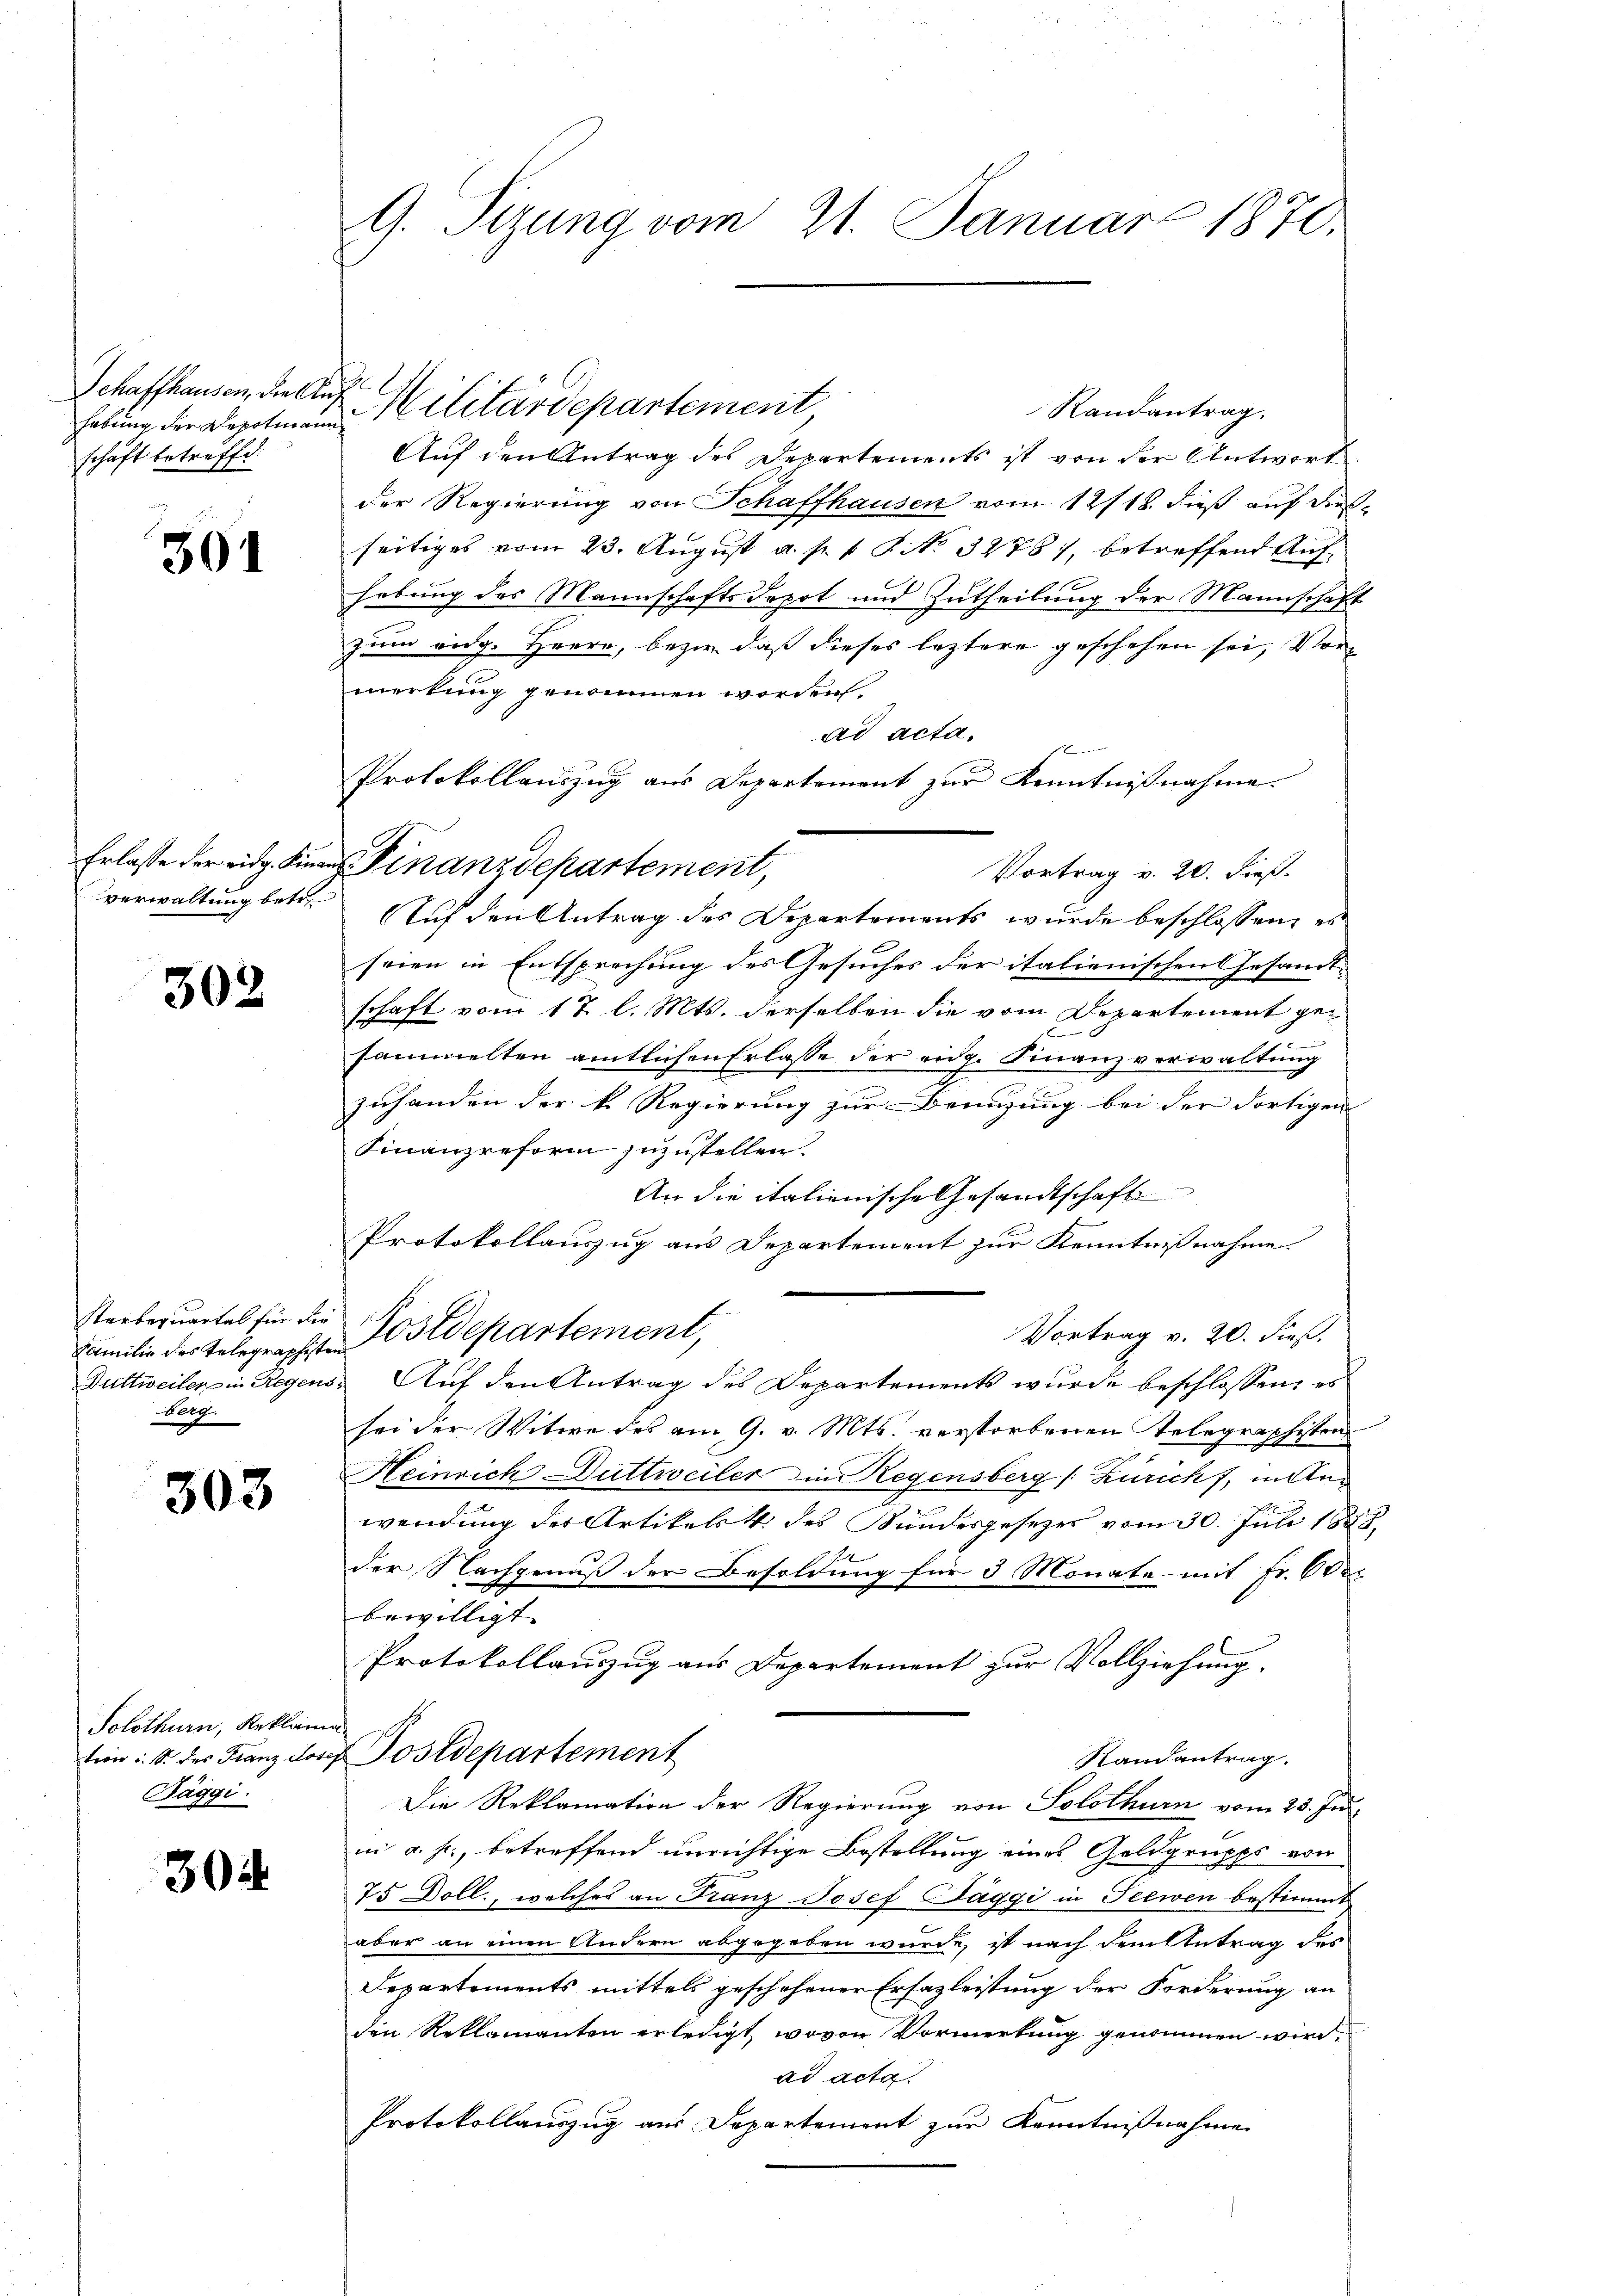
Schaffhausen, die Anhebung der Depotiam
schaft betreffe.

301

Erlasse der eidg. Finan
verwaltung betr.

302

Starbequartal für die
Familie des Telegraphisten
Duttweiler in Regens
Berg.

303

Solothurn, Reklami
tion u. S. des Franz Josep
Täggi.

30

G. Sitzung vom 21. Januar 1870.

Randantrag.
Auf den Antrag des Departements ist von der Antwort
der Regierung von Schaffhausen vom 12/18. dieß auf diesseitiges vom 23. August a. p. v. 8. No. 32761, betreffend Auf
hebung des Mannschaftsdepot und Zutheilung der Mannschaft
zum eidg. Herrn, bezir daß dieses leztere geschehen sei, Vormerkung genommen worden.
ad acta.
  eine
Protokollauszug aus Departement zur Kenntnißnahme.
Vortrag v. 20. dieß.
Auf den Antrag des Departements wurde beschlossen, es
seien in Entsprechung des Gesuches der italienischen Gesandt-
schaft vom 17. l. Mts. derselben die vom Departement gesammelten amtlichen Erlasse der eidg. Finanzverwaltung
zuhanden der k. Regierung zur Benuzung bei der dortigen
Finanzreform zuzustellen.
An die italienische Gesandtschaft
Protokollauszug aus Departement zur Kenntnißnahme.
Postdepartement,
Vortrag v. 20. dieß.
Auf den Antrag des Departements wurde beschlossen, er
sei der Witwe des am 9. v. Mts. verstorbenen Telegraphisten
Heinrich Duttweiler in Regensberg (Zürich, in Anwendung des Artikels 4. des Bundesgesezes vom 30. Juli 1888.
der Nachgenuß der Besoldung für 3 Monate mit Fr. 600
bewilligt.
Protokollauszug aus Departement zur Vollziehung.
ostdepartement
Randantrag.
Die Reklamation der Regierung von Solothurn vom 23. Juni a. f., betreffend unrichtige Bestellung eines Geldgrupps von
75 Doll, welches an Franz Josef Taggi in Seewen bestimmt
aber an einen Andern abgegeben wurde, ist nach dem Betrag des
Departements mittels geschehener Erfazleistung der Forderung an
den Reklamanten erledigt, wovon Vormerkung genommen wird.
ad acta.
Protokollauszug aus Departement zur Kenntnißnahme

h
Militärdepartement

Finanzdepartement,